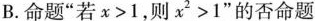
B.命题”若$$x > 1$$，则$$x ^ { 2 } > 1$$”的否命题